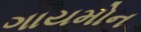
ગાયમોન